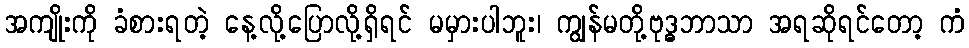
အကျိုးကို ခံစားရတဲ့ နေ့လို့ပြောလို့ရှိရင် မမှားပါဘူး၊ ကျွန်မတို့ဗုဒ္ဓဘာသာ အရဆိုရင်တော့ ကံ